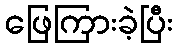
ဖြေကြားခဲ့ပြီး